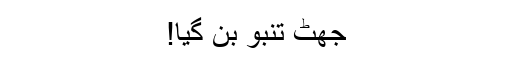
جھٹ تنبُو بن گیا!